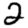
Digit: 2